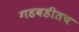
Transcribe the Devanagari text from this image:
गडबडीतच